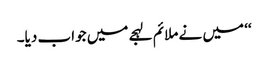
‘‘ میں نے ملائم لہجے میں جواب دیا۔